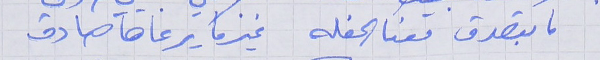
ما بتصدق معنا الحفله     غير ما يرعاها صادق